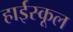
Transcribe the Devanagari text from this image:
हार्इस्कूल